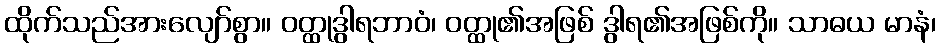
ထိုက်သည်အားလျော်စွာ။ ဝတ္ထုဒွါရဘာဝံ၊ ဝတ္ထု၏အဖြစ် ဒွါရ၏အဖြစ်ကို။ သာဓယ မာနံ၊